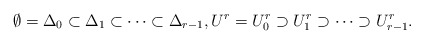
\begin{align*}\emptyset=\Delta_0\subset\Delta_1\subset\cdots\subset\Delta_{r-1},U^r=U^r_0\supset U^r_1\supset\cdots\supset U^r_{r-1}.\end{align*}